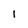
Character: I